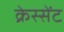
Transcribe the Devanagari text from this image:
क्रेस्सेंट